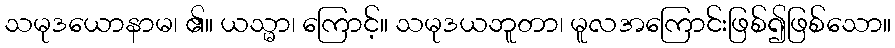
သမုဒယောနာမ၊ ၏။ ယသ္မာ၊ ကြောင့်။ သမုဒယဘူတာ၊ မူလအကြောင်းဖြစ်၍ဖြစ်သော။